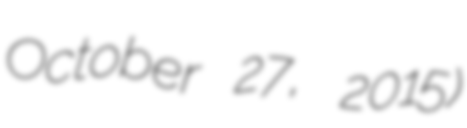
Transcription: October 27, 2015)